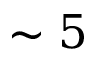
\sim 5